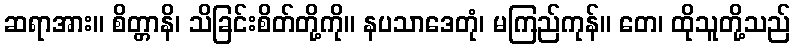
ဆရာအား။ စိတ္တာနိ၊ သိခြင်းစိတ်တို့ကို။ နပသာဒေတုံ၊ မကြည်ကုန်။ တေ၊ ထိုသူတို့သည်